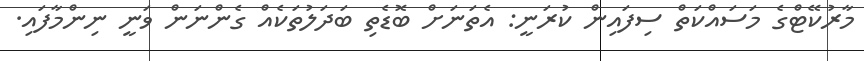
މާރުކޭޓްގެ މަސައްކަތް ސިފައިން ކުރަނީ: އެތަނަށް ބޮޑެތި ބަދަލުތަކެއް ގެންނަން ވަނީ ނިންމާފައި.